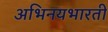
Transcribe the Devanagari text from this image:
अभिनयभारती